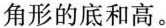
角形的底和高。